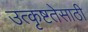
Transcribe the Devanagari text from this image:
उत्कृष्टतेसाठी